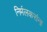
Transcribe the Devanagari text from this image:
निर्मलकरांना